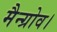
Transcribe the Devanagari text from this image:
मैन्ग्रोव।